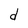
Character: d